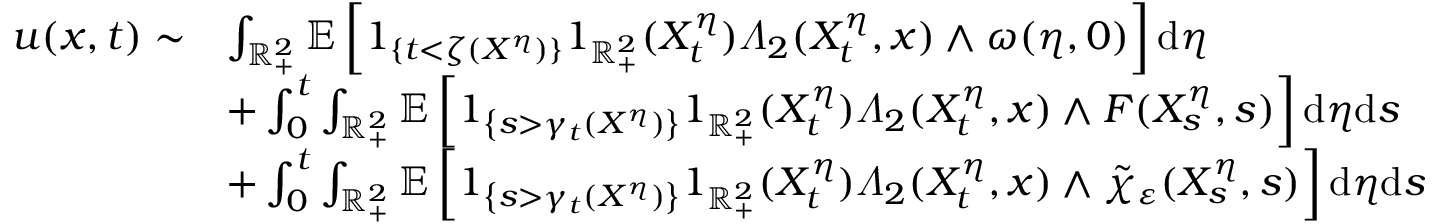
\begin{array} { r l } { u ( x , t ) \sim } & { \int _ { \mathbb { R } _ { + } ^ { 2 } } \mathbb { E } \left[ 1 _ { \{ t < \zeta ( X ^ { \eta } ) \} } 1 _ { \mathbb { R } _ { + } ^ { 2 } } ( X _ { t } ^ { \eta } ) \varLambda _ { 2 } ( X _ { t } ^ { \eta } , x ) \wedge \omega ( \eta , 0 ) \right] \mathrm { d } \eta } \\ & { + \int _ { 0 } ^ { t } \int _ { \mathbb { R } _ { + } ^ { 2 } } \mathbb { E } \left[ 1 _ { \left\{ s > \gamma _ { t } ( X ^ { \eta } ) \right\} } 1 _ { \mathbb { R } _ { + } ^ { 2 } } ( X _ { t } ^ { \eta } ) \varLambda _ { 2 } ( X _ { t } ^ { \eta } , x ) \wedge F ( X _ { s } ^ { \eta } , s ) \right] \mathrm { d } \eta \mathrm { d } s } \\ & { + \int _ { 0 } ^ { t } \int _ { \mathbb { R } _ { + } ^ { 2 } } \mathbb { E } \left[ 1 _ { \left\{ s > \gamma _ { t } ( X ^ { \eta } ) \right\} } 1 _ { \mathbb { R } _ { + } ^ { 2 } } ( X _ { t } ^ { \eta } ) \varLambda _ { 2 } ( X _ { t } ^ { \eta } , x ) \wedge \tilde { \chi } _ { \varepsilon } ( X _ { s } ^ { \eta } , s ) \right] \mathrm { d } \eta \mathrm { d } s } \end{array}